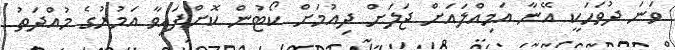
ވަނަ ދުވަހަކީ އޭނާ އަމިއްލައަށް ޖަލަށް ދިއުމަށް ކޯޓުން ކޮށްފައިވާ އަމުރުގެ މުއްދަތު